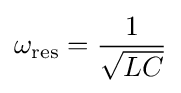
\omega _{\mathrm {res} }={1 \over {\sqrt {LC}}}\,\!